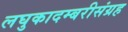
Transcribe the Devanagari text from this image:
लघुकादम्बरीसंग्रह